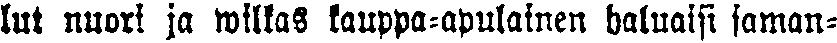
lut nuori ja wilkas kauppa-apulainen haluaisi saman-